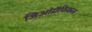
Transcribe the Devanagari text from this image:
जिओग्रैफिकल